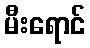
မီးရောင်